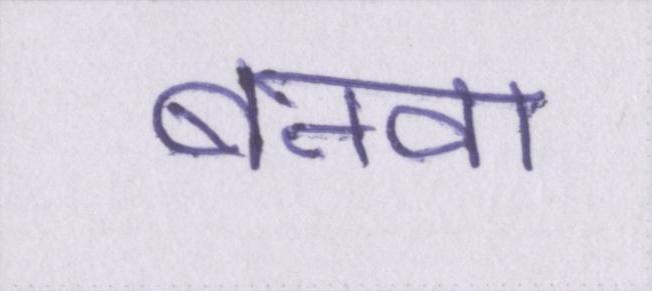
बनवा